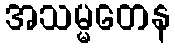
အသမ္မတေန